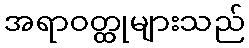
အရာဝတ္ထုများသည်